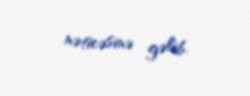
nəticəsinə gəlib.